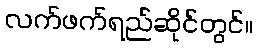
လက်ဖက်ရည်ဆိုင်တွင်။